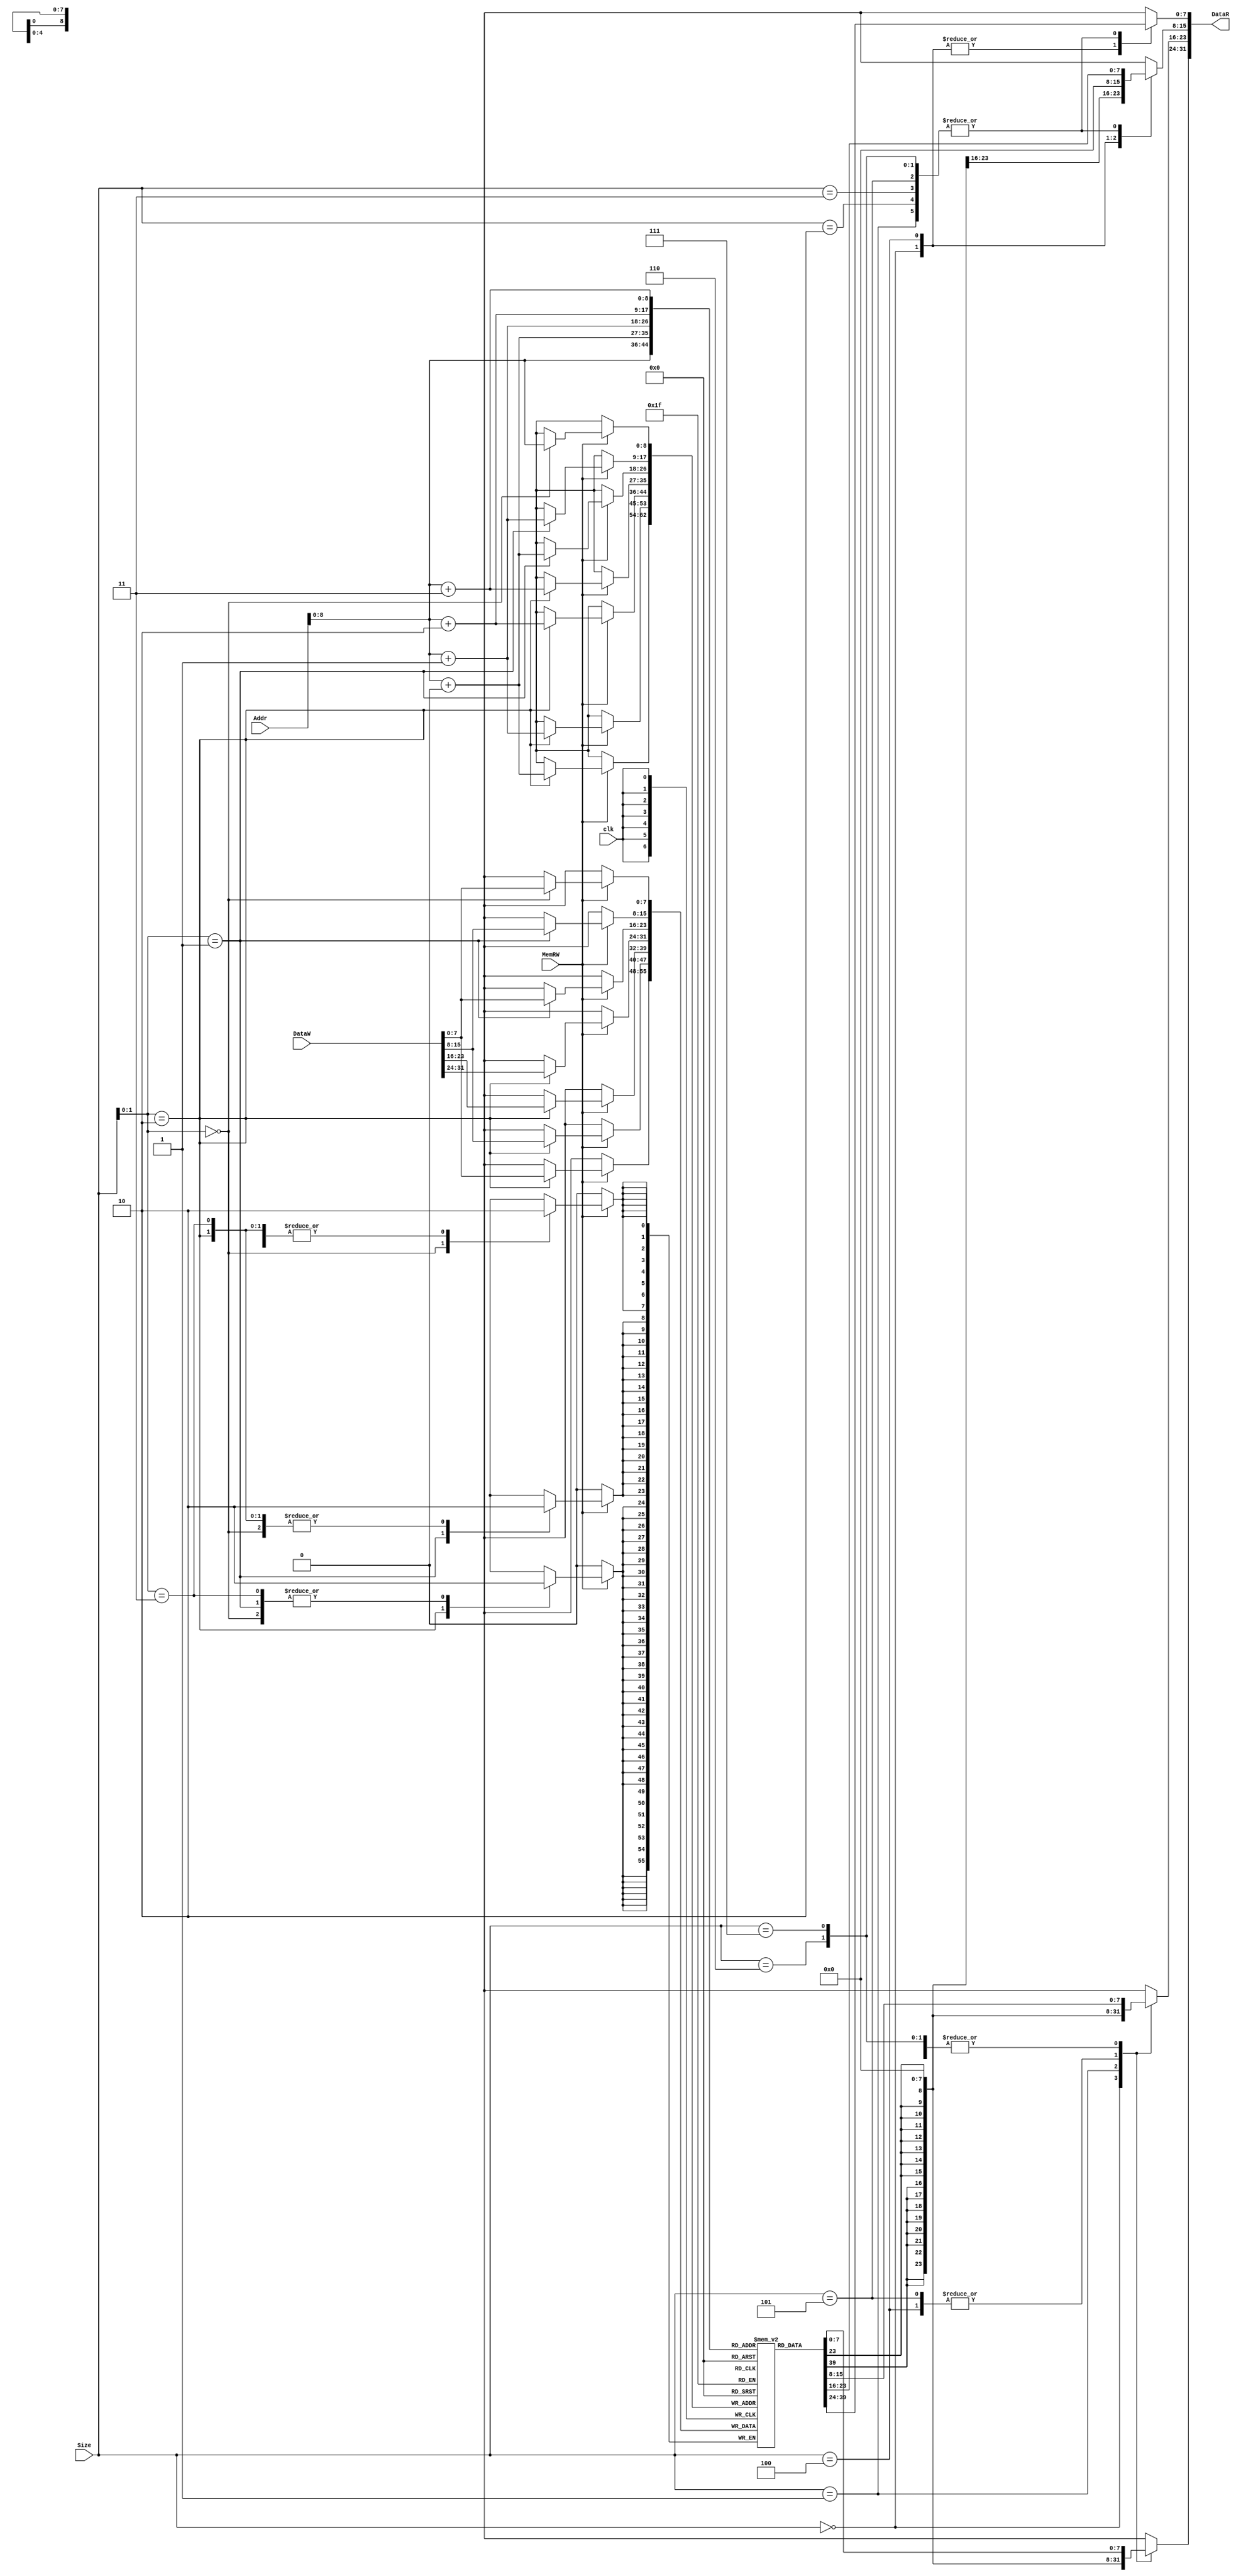
module DMEM #(parameter AWIDTH=32, DWIDTH=32)
 (
  input                 clk  ,
  input  [2:0]          Size,
  input                 MemRW,
  input  [AWIDTH-1:0]   Addr ,
  input  [DWIDTH-1:0]   DataW  ,
  output reg [DWIDTH-1:0]   DataR
 );
  localparam  addressable_bits=8;
  reg [addressable_bits-1:0] dmemory [511:0];
  always @(posedge clk) begin
    if (MemRW) begin
      case (Size[1:0])
        //Store Byte
        2'b00: begin
          dmemory[Addr] = DataW[7:0];
        end
        //Store Half Word
        2'b01: begin
          dmemory[Addr+1] = DataW[15:8];
          dmemory[Addr+0] = DataW[7:0];
        end
        //Store Word
        2'b10: begin
          dmemory[Addr+3] = DataW[31:24];
          dmemory[Addr+2] = DataW[23:16];
          dmemory[Addr+1] = DataW[15:8];
          dmemory[Addr+0] = DataW[7:0];
        end
        //Store Double Word (Not to be implemented yet)
        2'b11: begin
        end
      endcase
    end
  end
  always @ (*) begin
    case (Size)
        //Load Byte
        3'b000: begin
          DataR[7:0] = dmemory[Addr];
          DataR[15:8] = {addressable_bits{DataR[7]}};
          DataR[23:16] = {addressable_bits{DataR[7]}};
          DataR[31:24] = {addressable_bits{DataR[7]}};
        end
        //Load Half Word
        3'b001: begin
          DataR[7:0] = dmemory[Addr+0];
          DataR[15:8] = dmemory[Addr+1];
          DataR[23:16] = {addressable_bits{DataR[15]}};
          DataR[31:24] = {addressable_bits{DataR[15]}};
        end
        3'b010: begin
          DataR[7:0] = dmemory[Addr+0];
          DataR[15:8] = dmemory[Addr+1];
          DataR[23:16] = dmemory[Addr+2];
          DataR[31:24] = dmemory[Addr+3];
        end
        //Load Double Word Signed (Not to be implemented yet)
        3'b011: begin
          DataR[7:0] = dmemory[Addr+0];
          DataR[15:8] = dmemory[Addr+1];
          DataR[23:16] = dmemory[Addr+2];
          DataR[31:24] = dmemory[Addr+3];
        end

        //Load Byte unSigned
        3'b100: begin
          DataR[7:0] = dmemory[Addr];
          DataR[15:8] = {addressable_bits{1'b0}};
          DataR[23:16] = {addressable_bits{1'b0}};
          DataR[31:24] = {addressable_bits{1'b0}};
        end
        //Load Half Word unSigned
        3'b101: begin
          DataR[7:0] = dmemory[Addr+0];
          DataR[15:8] = dmemory[Addr+1];
          DataR[23:16] = {addressable_bits{1'b0}};
          DataR[31:24] = {addressable_bits{1'b0}};
        end
	// Load Word unSigned
        3'b110: begin 
          DataR[7:0] = dmemory[Addr+0];
          DataR[15:8] = dmemory[Addr+1];
          DataR[23:16] = dmemory[Addr+2];
          DataR[31:24] = dmemory[Addr+3];
        end
        //Load Double Word unSigned (Not to be implemented yet)
        3'b111: begin
          DataR[7:0] = dmemory[Addr+0];
          DataR[15:8] = dmemory[Addr+1];
          DataR[23:16] = dmemory[Addr+2];
          DataR[31:24] = dmemory[Addr+3];
        end
    endcase
  end
endmodule